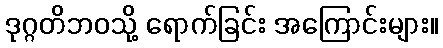
ဒုဂ္ဂတိဘဝသို့ ရောက်ခြင်း အကြောင်းများ။